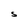
Character: S